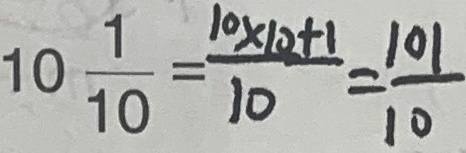
1 0 \frac { 1 } { 1 0 } = \frac { 1 0 \times 1 0 + 1 } { 1 0 } = \frac { 1 0 1 } { 1 0 }